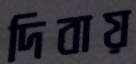
দিবায়